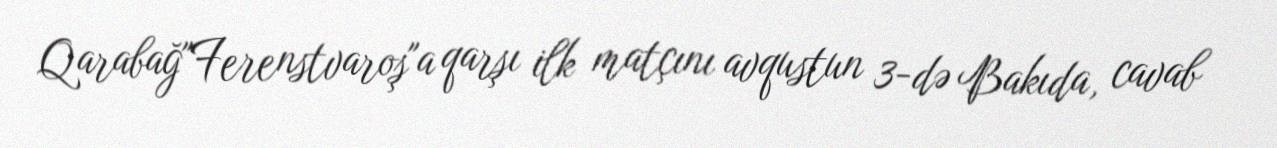
Qarabağ"Ferenstvaroş"a qarşı ilk matçını avqustun 3-də Bakıda, cavab